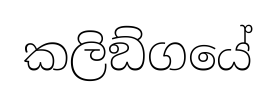
කලිඞ්ගයේ